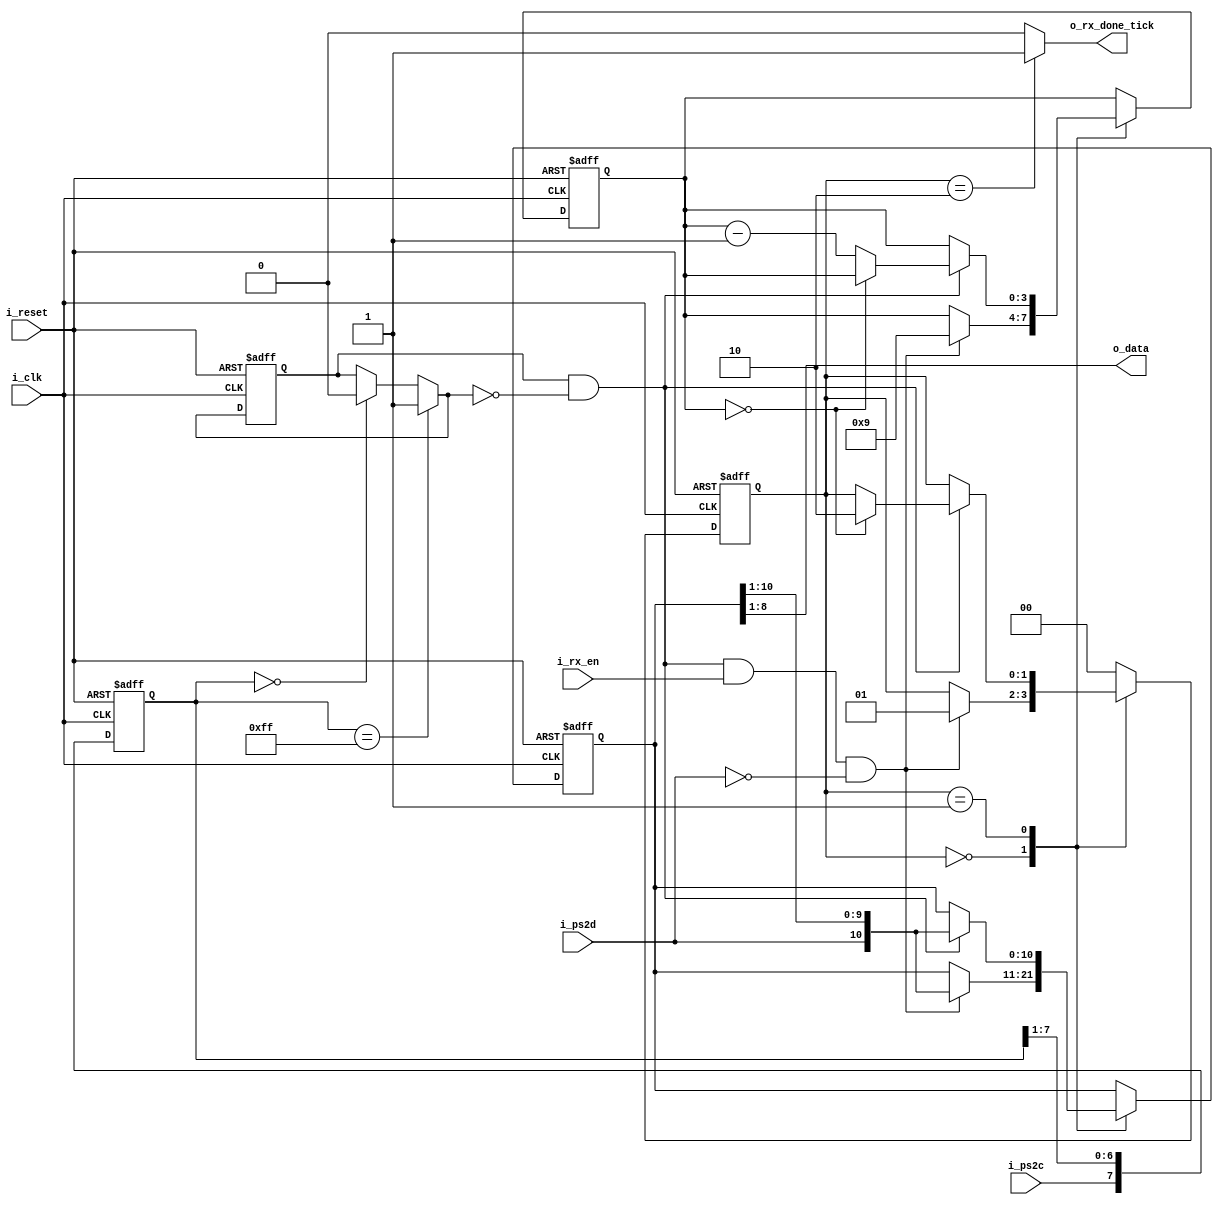
`timescale 1ns / 1ps
//////////////////////////////////////////////////////////////////////////////////
// Company: 
// Engineer: 
// 
// Design Name: 
// Module Name: ps2_rx
// Project Name: 
// Target Devices: 
// Tool Versions: 
// Description: 
// 
// Dependencies: 
// 
// Revision:
// Revision 0.01 - File Created
// Additional Comments:
// 
//////////////////////////////////////////////////////////////////////////////////


module ps2_rx(
    input i_clk, i_reset,
    input i_ps2d,                //ps2 data line, inncluding 1 start bit (0), 8 data bits, odd parity bit, and stop bit (1). idle bit 1
    input i_ps2c,                //ps2 clock line, read bits of ps2d on negative edge 
    input i_rx_en,               //receives if rx_en is 1 and detects start bit
    output reg o_rx_done_tick,   //done tick after stop bit received
    output wire [7:0] o_data     //8 data bit output from read
    );
    
    //state declaration
    localparam [1:0] idle = 2'b00,
                     rx   = 2'b01,
                     load = 2'b10;
    
    reg  [1:0] s_state_reg, s_state_next; //register to hold current and next state data
    
    reg  [7:0] s_filter_reg;  //register holds last 8 sampled clock signals from i_ps2c
    wire [7:0] s_filter_next;
    reg  s_f_ps2c_reg;        //register holds filtered clock signal that updates after same bit read for 8 samples from i_ps2c (s_filter_reg has same 8 bits)
    wire s_f_ps2c_next;
    wire s_fall_edge;        //falling edge 1 when current f_ps2c is 1 and next f_ps2c is 0. used to tell when to scan i_ps2d in FSMD 

    reg [3:0] s_n_reg, s_n_next;  //counter for n'th bit read
    reg [10:0] s_b_reg, s_b_next; //reg to collect data bits, shifts in as recieved similar to uart ((1 start bit, 8 data bits, 1 parity bit, 1 stop bit)
        
    //filter and falling edge tick generation for ps2c
    always @(posedge i_clk, posedge i_reset)
        if(i_reset)
            begin
                s_filter_reg <= 0;
                s_f_ps2c_reg <= 0;
            end
        else
            begin
                s_filter_reg <= s_filter_next;
                s_f_ps2c_reg <= s_f_ps2c_next;
            end
            
    assign s_filter_next = {i_ps2c, s_filter_reg[7:1]}; //appends sampled ps2c clock signal to MSB, shifts out LSB of s_filter_reg to compare new clock signal to previous 7 sampled
    
    assign s_f_ps2c_next = (s_filter_reg == 8'b11111111) ? 1'b1 : //update filtered clock signal to 1 if last 8 samples were 1
                           (s_filter_reg == 8'b00000000) ? 1'b0 : //update filtered clock signal to 0 if last 8 samples were 0
                            s_f_ps2c_reg;                         //otherwise, keep previous filtered clock signal until same 8 samples
                            
    assign s_fall_edge = s_f_ps2c_reg && ~s_f_ps2c_next; //falling edge tick if previous f_ps2c was 1 and next f_ps2c is 0 (1 to 0, falling)
    
    // FSMD for data rx
    //state and data registers
    always @(posedge i_clk, posedge i_reset)
        if(i_reset)
            begin
                s_state_reg <= 0;
                s_n_reg     <= 0;
                s_b_reg     <= 0;
            end
        else
            begin
                s_state_reg <= s_state_next;
                s_n_reg     <= s_n_next;
                s_b_reg     <= s_b_next;
            end
    
    //next-state logic
    always @*
        begin
            s_state_next = s_state_reg;
            s_n_next = s_n_reg;
            s_b_next = s_b_reg;
            
            o_rx_done_tick = 1'b0;
            
            case(s_state_reg)
                idle:
                    if(s_fall_edge && i_rx_en && i_ps2d == 1'b0) //start collecting if ps2c falling edge, i_rx_en active, and start bit is 0
                        begin
                            s_state_next = rx;
                            s_n_next = 4'b1001; //9 more bits to collect (8 data bits, 1 parity bit)
                            s_b_next = {i_ps2d, s_b_reg[10:1]}; //shift in start bit as MSB
                        end
                rx:
                    if(s_fall_edge) //if falling edge of clock
                        begin
                            s_b_next = {i_ps2d, s_b_reg[10:1]}; //shift in data bits, then finally parity bit when n = 0
                            if(s_n_reg == 0)
                                s_state_next = load;
                            else
                                s_n_next = s_n_reg - 1;
                        end
                load: //1 extra clock cycle needed to load s_b_next
                    begin
                        s_state_next = idle;
                        o_rx_done_tick = 1'b1;
                    end
                default: s_state_next = idle;
            endcase
        end
    
    //output logic
    assign o_data = s_b_reg[8:1]; //data bits output
    
endmodule